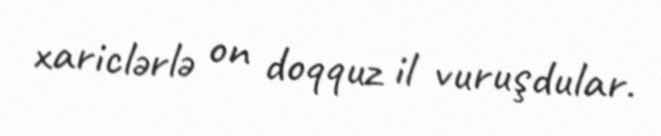
xariclərlə on doqquz il vuruşdular.